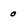
Character: 0